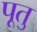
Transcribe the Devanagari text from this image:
पूतु